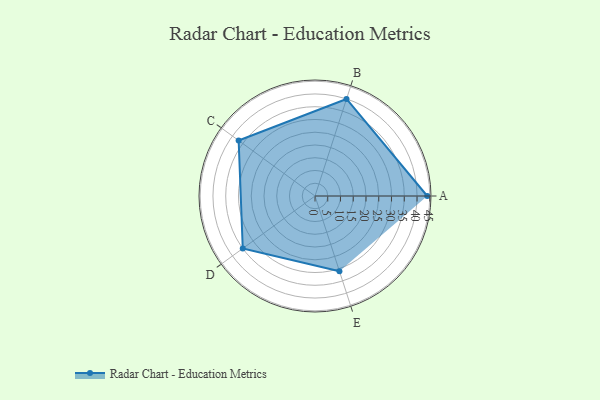
{"axis": {"x": "Skill", "y": "Score"}, "legend": ["Profile"], "data": [{"x": "A", "y": 44.0, "type": "Profile"}, {"x": "B", "y": 40.0, "type": "Profile"}, {"x": "C", "y": 37.0, "type": "Profile"}, {"x": "D", "y": 35.0, "type": "Profile"}, {"x": "E", "y": 31.0, "type": "Profile"}]}